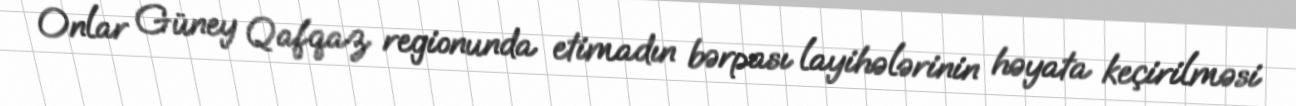
Onlar Güney Qafqaz regionunda etimadın bərpası layihələrinin həyata keçirilməsi